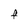
Character: F